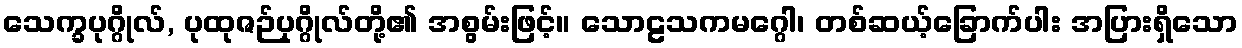
သေက္ခပုဂ္ဂိုလ်, ပုထုဇဉ်ပုဂ္ဂိုလ်တို့၏ အစွမ်းဖြင့်။ သောဠသကမဂ္ဂေါ၊ တစ်ဆယ့်ခြောက်ပါး အပြားရှိသော